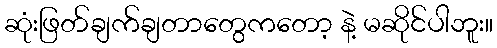
ဆုံးဖြတ်ချက်ချတာတွေကတော့ နဲ့ မဆိုင်ပါဘူး။